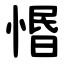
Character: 惽